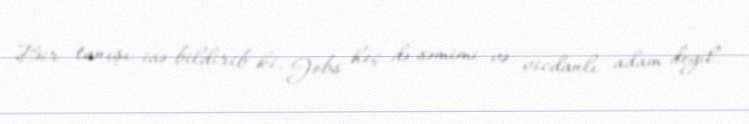
Bir tanışı isə bildirib ki, Jobs heç də səmimi və vicdanlı adam deyil.